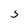
Character: S